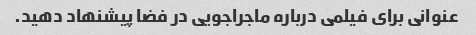
عنوانی برای فیلمی درباره ماجراجویی در فضا پیشنهاد دهید.